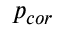
p _ { c o r }